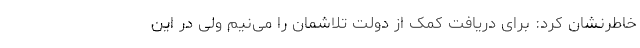
خاطرنشان کرد: برای دریافت کمک از دولت تلاشمان را می‌نیم ولی در این